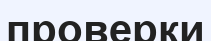
проверки